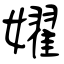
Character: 嬥